画像に写った文字を読んでください
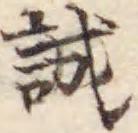
「誠」と書いてあります